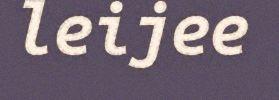
leijee